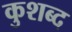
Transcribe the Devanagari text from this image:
कुशब्द